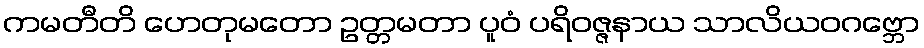
ကမတီတိ ဟေတုမတော ဥတ္တမတာ ပူဝံ ပရိဝဇ္ဇနာယ သာလိယဝဂဗ္ဘော